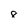
Character: 8